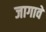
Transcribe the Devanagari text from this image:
जागावे